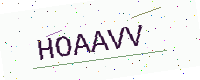
Text: HOAAVV